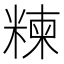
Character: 𥻂